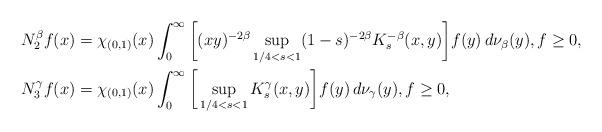
LaTeX: \begin{align*}N^{\beta}_{2}f(x) & = \chi_{(0,1)}(x)\int_{0}^{\infty}\bigg[ (xy)^{-2\beta} \sup_{1/4 < s < 1}(1-s)^{-2\beta} K_s^{-\beta}(x,y)\bigg] f(y)\, d\nu_{\beta}(y), f \ge 0, \\N^{\gamma}_{3}f(x) & = \chi_{(0,1)}(x)\int_{0}^{\infty}\bigg[\sup_{1/4 < s < 1}K_s^{\gamma}(x,y)\bigg] f(y)\, d\nu_{\gamma}(y), f \ge 0,\end{align*}